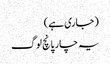
(جاری ہے)
یہ چار پانچ لوگ